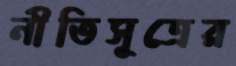
নীতিসূত্রের